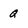
Character: Q